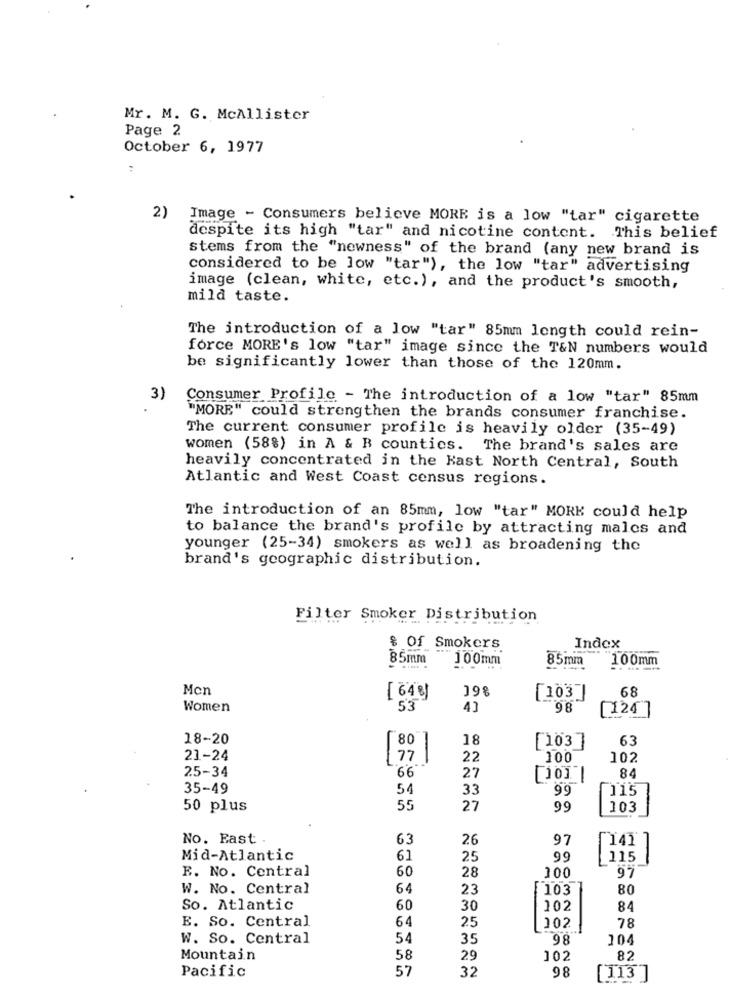
Mr. M. G. McAllister
Page 2
October 6, 1977
:
2)
Image - Consumers believe MORE is a low "tar" cigarette
despite its high "tar" and nicotine content. This belief
stems from the "newness" of the brand (any new brand is
considered to be low "tar"), the low "tar" advertising
image (clean, white, etc.), and the product's smooth,
mild taste.
The introduction of a low "tar" 85mm length could rein-
force MORE's low "tar" image since the T&N numbers would
be significantly lower than those of the 120mm.
3)
Consumer Profile - The introduction of a low "tar" 85mm
"MORE" could strengthen the brands consumer franchise.
The current consumer profile is heavily older (35-49)
women (58%) in A & B counties. The brand's sales are
heavily concentrated in the Kast North Central, South
Atlantic and West Coast census regions.
The introduction of an 85mm, low "tar" MORE could help
to balance the brand's profile by attracting males and
younger (25-34) smokers as well as broadening the
brand's geographic distribution.
Filter Smoker
^Or Distribution
$ Of Smokers
Index
85mm
100mm
85mm
100mm
Mon
198
[64 8]
[103]]
68
Women
53
4]
98
[124
18-20
80
18
63
-
[1037
21-24
77
22
100
102
25-34
66
27
84
35-49
54
33
99
115
50 plus
55
27
99
103
No. East .
63
26
97
Mid-Atlantic
61
25
99
115
E. No. Central
60
28
100
97
W. No. Central
64
23
103
80
So. Atlantic
60
30
102
84
E. So. Central
64
25
102
78
W. So. Central
54
35
98
104
Mountain
58
29
102
82
Pacific
57
32
98
[113 ]